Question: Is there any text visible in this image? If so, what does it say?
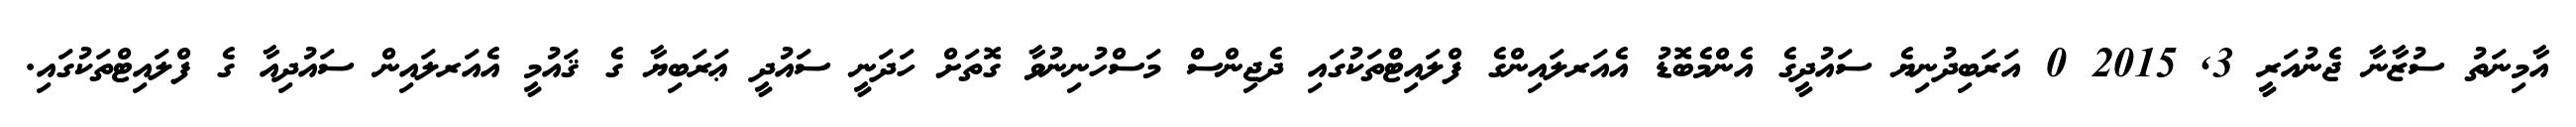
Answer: އާމިނަތު ސުޒާނާ ޖެނުއަރީ 3, 2015 0 އަރަބިދުނިޔެ ސައުދީގެ އެންމެބޮޑު އެއަރލައިންގެ ފްލައިޓްތަކުގައި ދެޖިންސް މަސްހުނިނުވާ ގޮތަށް ހަދަނީ ސައުދީ ޢަރަބިޔާ ގެ ޤައުމީ އެއަރލައިން ސައުދިއާ ގެ ފްލައިޓްތަކުގައި.